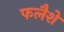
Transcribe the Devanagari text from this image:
फलैशें